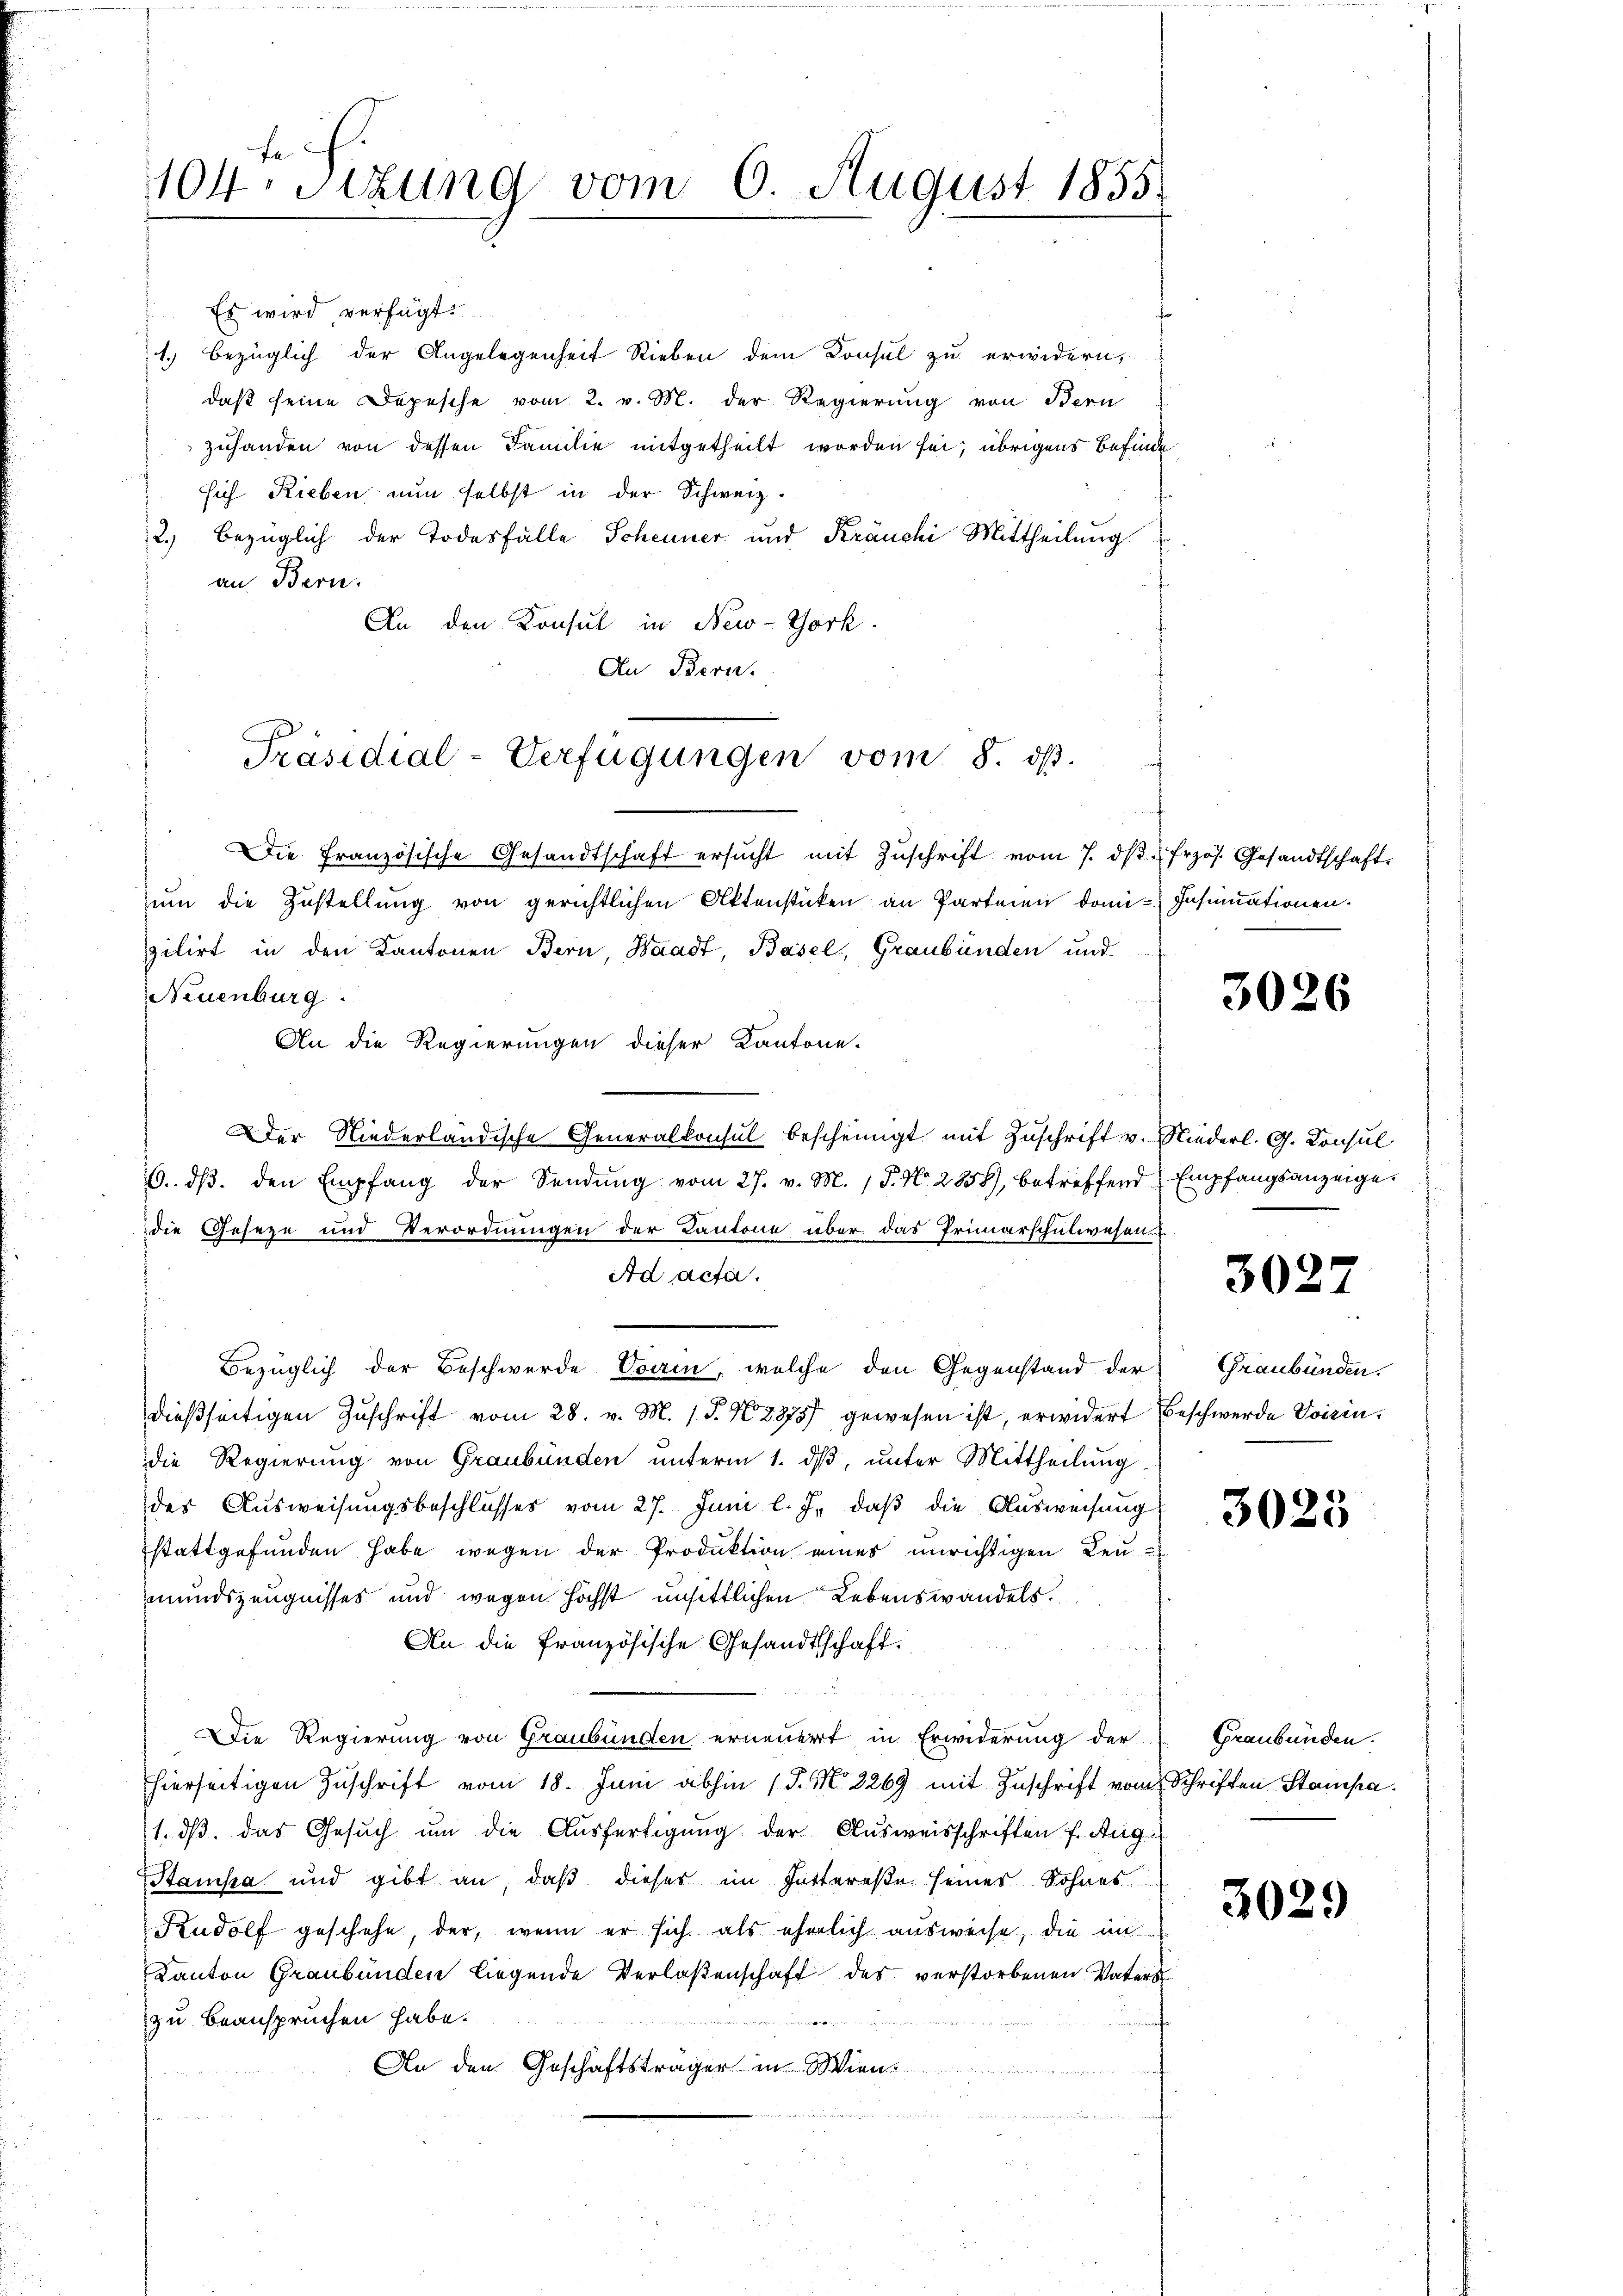
te
404. Sitzung vom 6. August 1855.

Es wird verfügt:
1. bezüglich der Angelegenheit Sieben dem Konsul zu erwidern,
daß seine Depesche vom 2. v. M. der Regierung von Bern
zuhanden von dessen Familie mitgetheilt worden sei; übrigens Befinde
sich Rieben nun selbst in der Schweiz.
2.) Bezüglich der Todesfälle Scheuner und Kräuchi Mittheilung
an Bern.
An den Konsul in New-York
An. Bern.

Präsidial-Verfügungen vom 8. ds.

Die französische Gesandtschaft ersŭcht mit Zŭschrift vom 7. dβ frzös. Gesandtschaft
um die Zustellung von gerichtlichen Aktenstücken an Parteien domi-Insinuationen.
zilirt in den Kantonen Bern, Waadt, Basel, Graubünden und
Neuenburg.
An die Regierungen dieser Kantone.
Der Niederländische Generalkonsul bescheinigt mit Zuschrift v. Niederl. G. Consul
6. dβ. den Empfang der Sendung vom 27. v. M. 18. No. 2858), betreffend Empfangsanzeigedie Geseze und Verordnungen der Kantone über das Primarschulwesen
Ad acta.
Bezüglich der Beschwerde Ovain, welche den Gegenstand der Graubünden.
dießseitigen Zuschrift vom 28. v. M. (T. N. 2878) gewesen ist, erwidert Beschwerde voisin,
die Regierung von Graubünden unterm 1. dβ, unter Mittheilung
des Ausweisungsbeschlusses vom 27. Juni l. J. daß die Ausweisung
stattgefunden habe wegen der Produktion eines unrichtigen Leumundszeugnisses und wegen höchst unsittlichen Lebenswandels.
An die französische Gesandtschaft.
die Regierung von Graubünden erneuert in Erwiderung der
hierseitigen Zuschrift vom 18. Juni abhin (T. M 2269 mit Zuschrift vom Schriften Stampa
1. dβ. das Gesŭch ŭm die Ausfertigung der Ausweisschriften f. Aug
Stampa und gibt an, daß dieser im Huttereße seiner Sohnes
Rudolf geschehe, der, wenn er sich als ehelich ausweise, die im
Kanton Graubünden liegende Verlaßenschaft des verstorbenen Vaters
zu beanspruchen habe.
e
An den Geschäftsträger in Wien.
e

3026

3027

3025

Graubünden.

3029